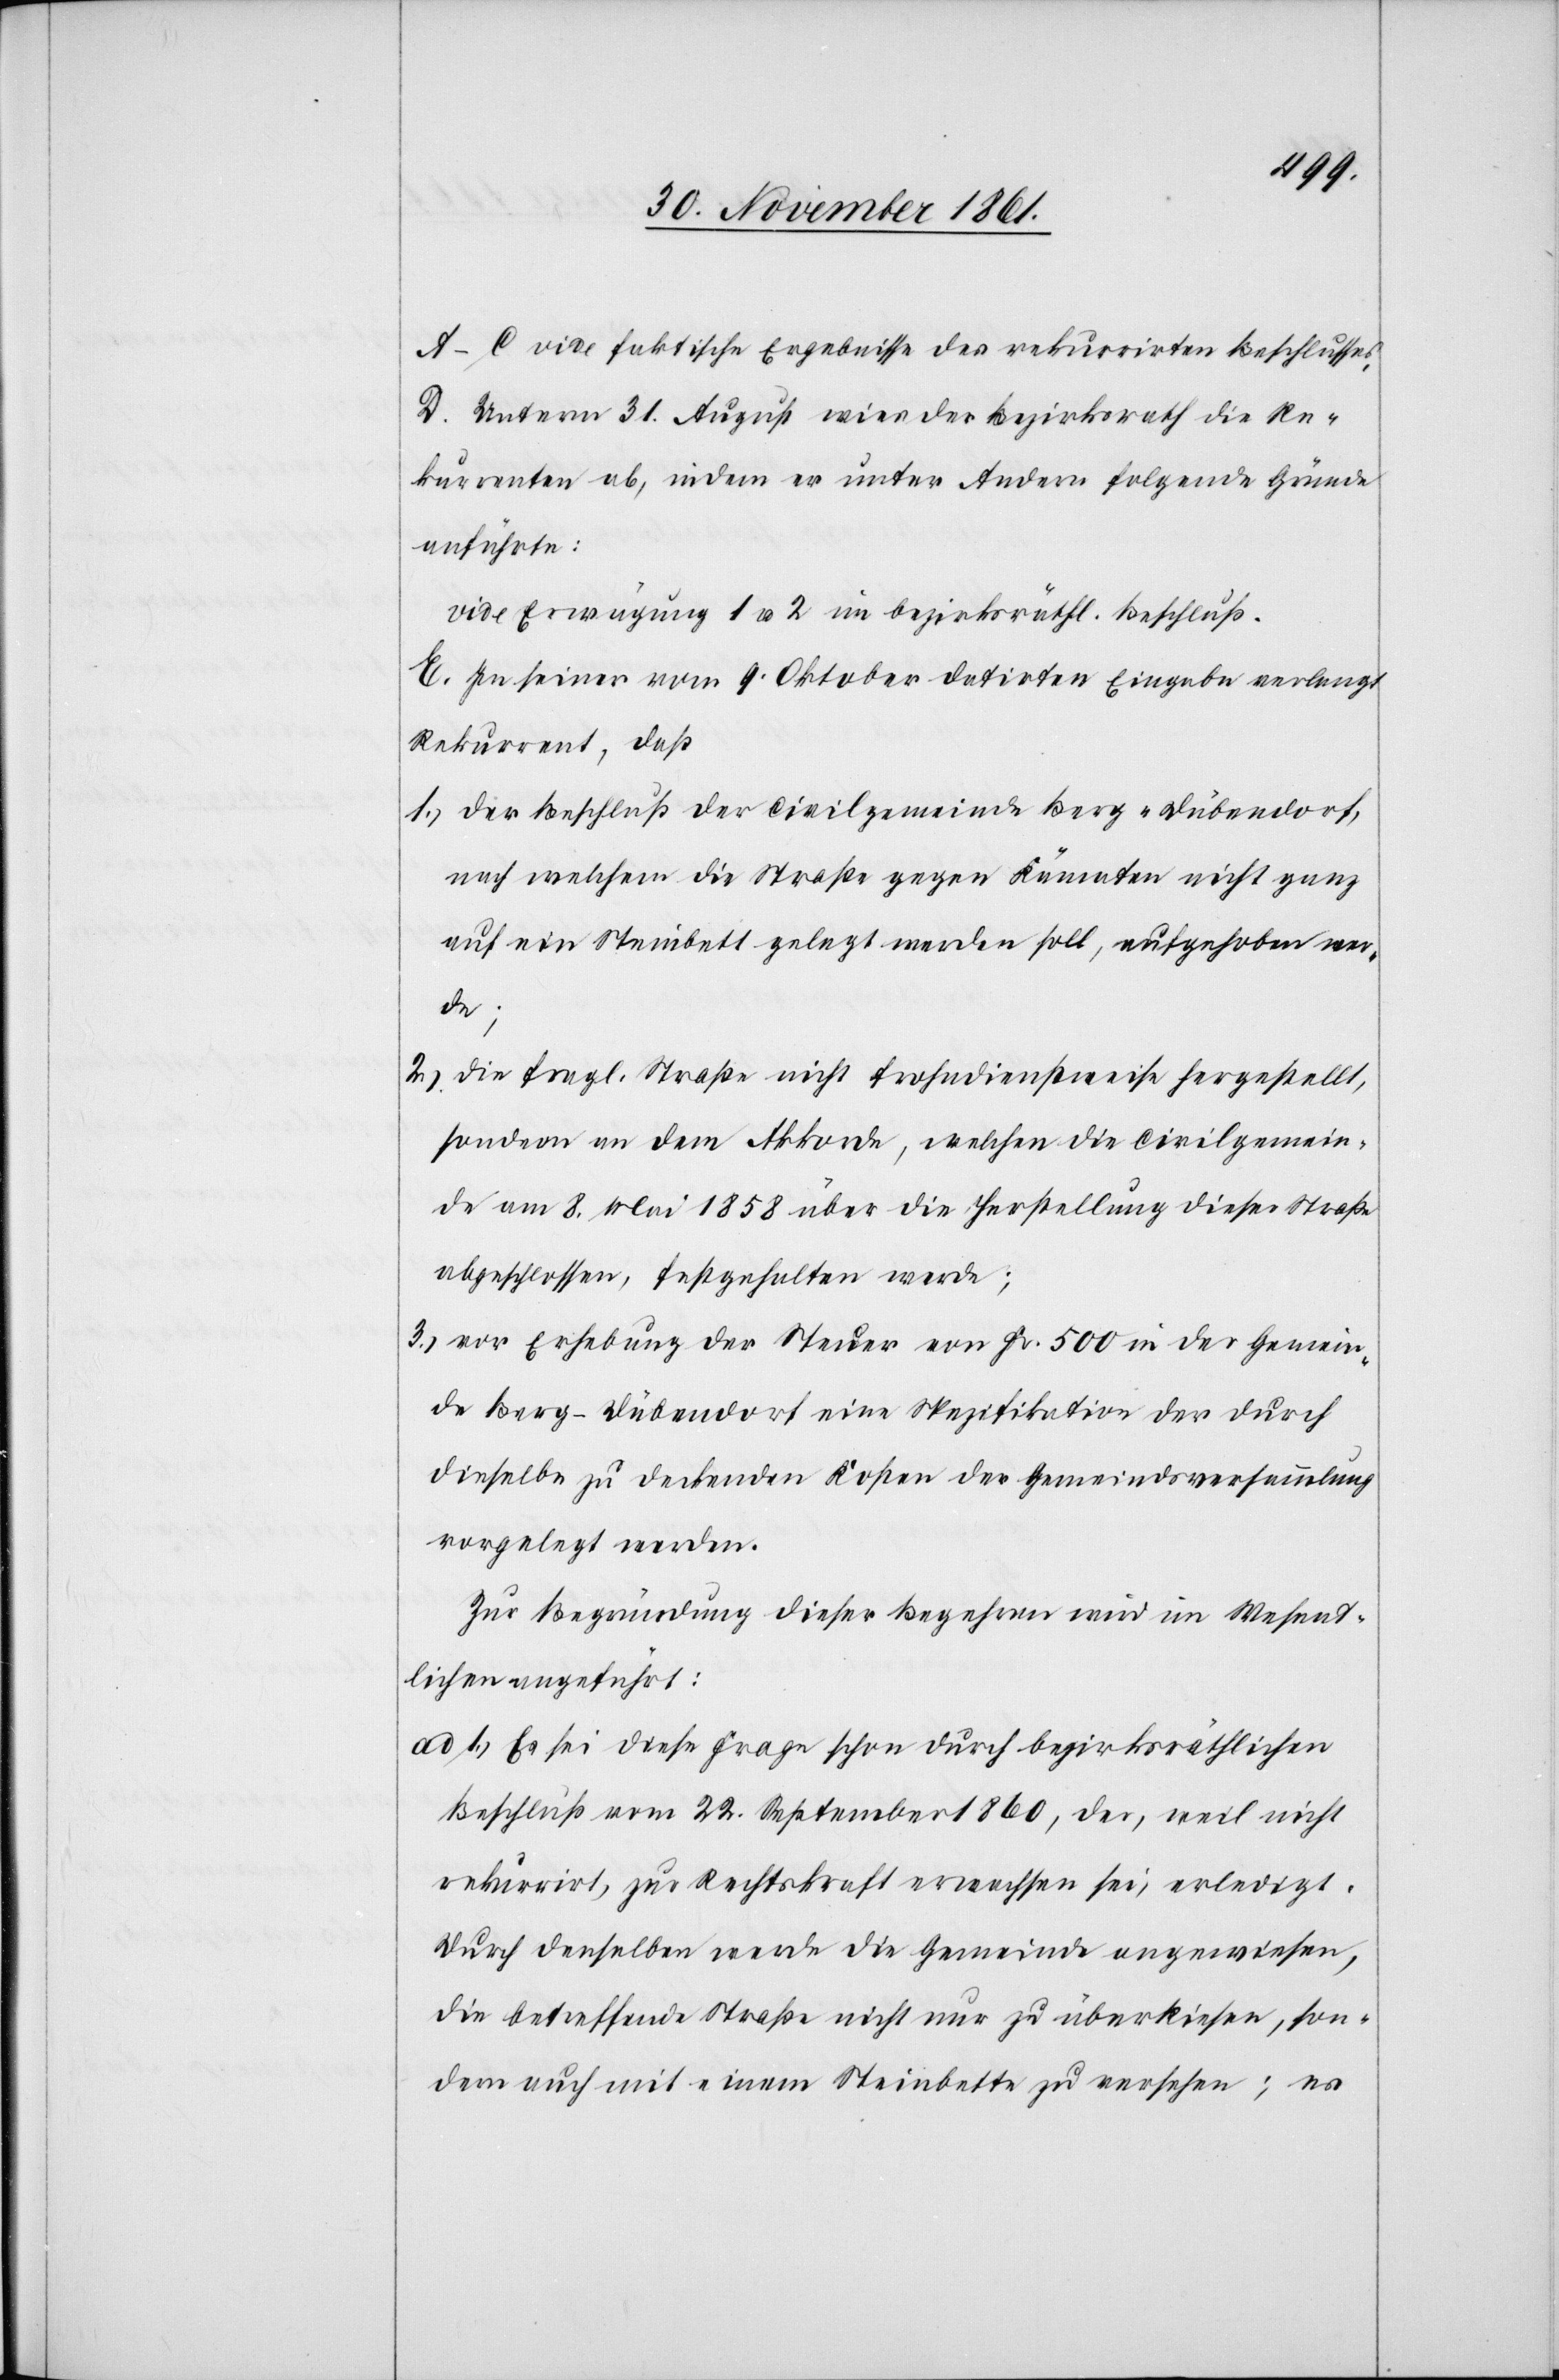
A–C vide faktische Ergebnisse des rekurrirten Beschlusses.
D. Unterm 31 August wies der Bezirksrath die Re¬
kurrenten ab, indem er unter Andern folgende Gründe
anführte:
vide Erwägung 1 u. 2 im bezirksräthl. Beschluß.
E. In seiner vom 9 Oktober datirten Eingabe verlangt
Rekurrent, daß
1.) der Beschluß der Civilgemeinde Berg-Dübendorf,
nach welchem die Straße gegen Kämaten nicht ganz
auf ein Steinbett gelegt werden soll, aufgehoben wer¬
de;
2.) die fragl. Straße nicht Frohndienstweise hergestellt,
sondern an dem Akkorde, welchen die Civilgemein¬
de am 8 Mai 1858 über die Herstellung dieser Straße
abgeschlossen, festgehalten werde;
3.) vor Erhebung der Steuer von Fr. 500 in der Gemein¬
de Berg-Dübendorf eine Spezifikation der durch
dieselbe zu deckenden Kosten der Gemeindsversammlung
vorgelegt werden
Zur Begründung dieser Begehren wird im Wesent¬
lichen angeführt:
ad 1.) Es sei diese Frage schon durch bezirksräthlichen
Beschluß vom 22 September 1860, der, weil nicht
rekurrirt, zu Rechtskraft erwachsen sei, erledigt.
Durch denselben werde die Gemeinde angewiesen,
die betreffende Straße nicht nur zu überkiesen, son¬
dern auch mit einem Steinbette zu versehen; es